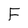
Character: F